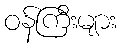
ဝန်ကြီးများ